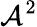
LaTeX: \mathcal{A}^{2}